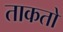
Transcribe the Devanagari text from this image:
ताकतो